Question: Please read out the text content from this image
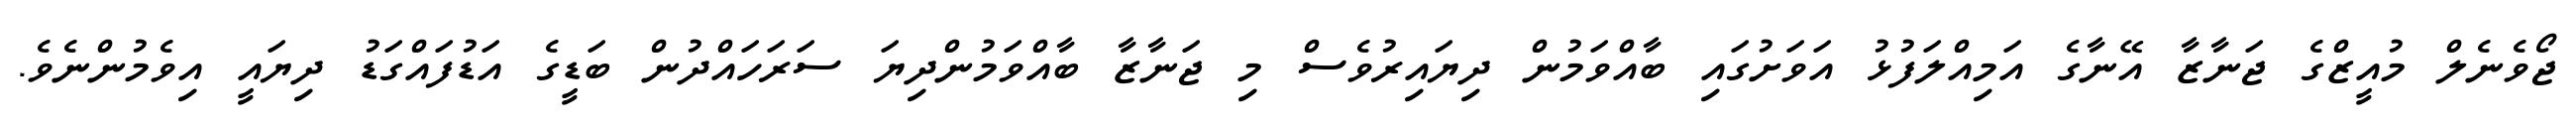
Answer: ޖޯވެނެލް މުއީޒްގެ ޖަނާޒާ އޭނާގެ އަމިއްލަފުޅު އަވަށުގައި ބާއްވަމުން ދިޔައިރުވެސް މި ޖަނާޒާ ބާއްވަމުންދިޔަ ސަރަހައްދުން ބަޑީގެ އަޑުފައްގަޑު ދިޔައީ އިވެމުންނެވެ.